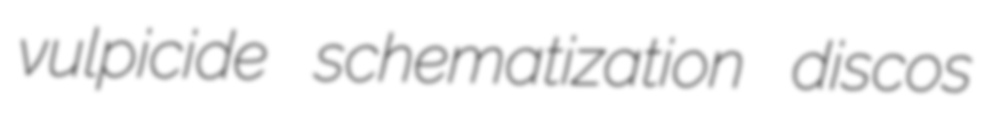
vulpicide schematization discos